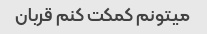
میتونم کمکت کنم قربان